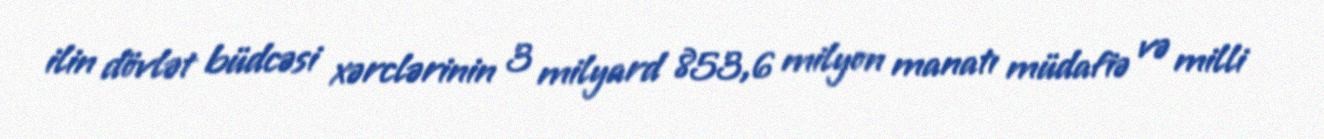
ilin dövlət büdcəsi xərclərinin 3 milyard 853,6 milyon manatı müdafiə və milli